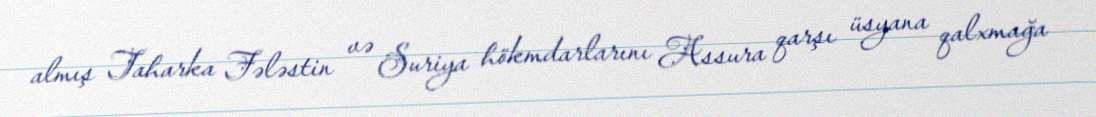
almış Taharka Fələstin və Suriya hökmdarlarını Assura qarşı üsyana qalxmağa